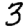
Digit: 3